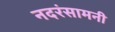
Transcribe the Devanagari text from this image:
नदरंसामनी